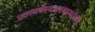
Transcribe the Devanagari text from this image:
प्राणमर्थस्वजनबान्धवान्